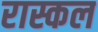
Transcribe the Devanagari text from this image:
रास्कल